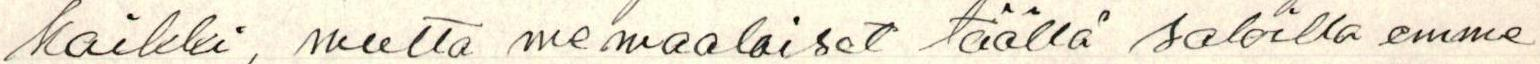
kaikki, mutta me maalaiset täällä saloilla emme